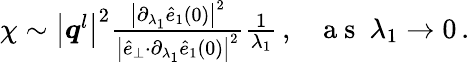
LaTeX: \begin{array}{r}{\chi\sim\big\vert\boldsymbol{q}^{l}\big\vert^{2}\frac{\big\vert\partial_{\lambda_{1}}\hat{e}_{1}(0)\big\vert^{2}}{\big\vert\hat{e}_{\perp}{\cdot}\partial_{\lambda_{1}}\hat{e}_{1}(0)\big\vert^{2}}\frac{1}{\lambda_{1}}\, ,~~~\mathrm{~a~s~}~\lambda_{1}\rightarrow 0\, .}\end{array}